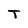
Character: T